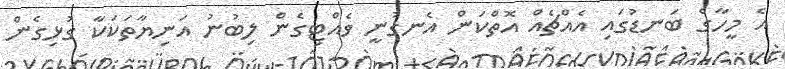
އެ މީހާގެ ބަނޑުގައި އެއްޗެއް އޮތްކަން އެނގުނީ ވެއްޓިގެން ލިބުނު އަނިޔާތަކަކާ ގުޅިގެން